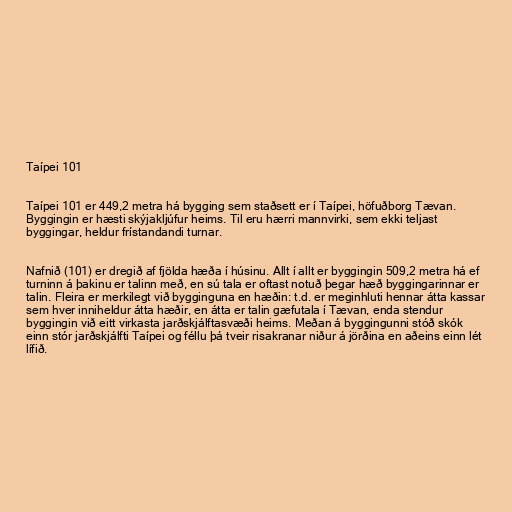
Taípei 101

Taípei 101 er 449,2 metra há bygging sem staðsett er í Taípei, höfuðborg Tævan.
Byggingin er hæsti skýjakljúfur heims. Til eru hærri mannvirki, sem ekki teljast
byggingar, heldur frístandandi turnar.

Nafnið (101) er dregið af fjölda hæða í húsinu. Allt í allt er byggingin 509,2 metra há ef
turninn á þakinu er talinn með, en sú tala er oftast notuð þegar hæð byggingarinnar er
talin. Fleira er merkilegt við bygginguna en hæðin: t.d. er meginhluti hennar átta kassar
sem hver inniheldur átta hæðir, en átta er talin gæfutala í Tævan, enda stendur
byggingin við eitt virkasta jarðskjálftasvæði heims. Meðan á byggingunni stóð skók
einn stór jarðskjálfti Taípei og féllu þá tveir risakranar niður á jörðina en aðeins einn lét
lífið.